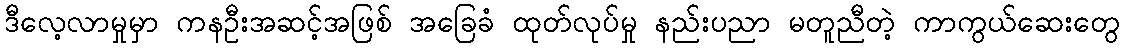
ဒီလေ့လာမှုမှာ ကနဦးအဆင့်အဖြစ် အခြေခံ ထုတ်လုပ်မှု နည်းပညာ မတူညီတဲ့ ကာကွယ်ဆေးတွေ